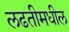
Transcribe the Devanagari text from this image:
लढतीमधील